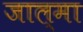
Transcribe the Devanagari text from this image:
जाल्मा